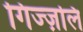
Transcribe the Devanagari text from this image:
गिज्ज़लि